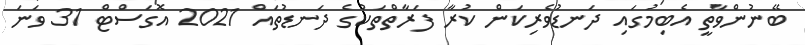
ބޭނުންވާތީ އެބިމުގައި ދަނޑުވެރިކަން ކުރާ ފަރާތްތަކުގެ ދަނޑުތައް 2021 އޮގަސްޓް 31 ވަނަ